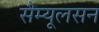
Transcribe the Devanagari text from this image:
सैम्यूलसन